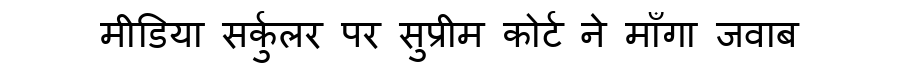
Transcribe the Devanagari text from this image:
मीडिया सर्कुलर पर सुप्रीम कोर्ट ने माँगा जवाब